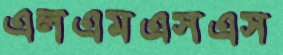
এলএমএসএস